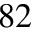
^ { 8 2 }